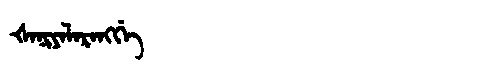
Manchu: ᡧᠠᠨᡳᠶᠠᠯᠠᡵᠠᠩᡤᡝ
Romanization: ŠANIYALARANGGE